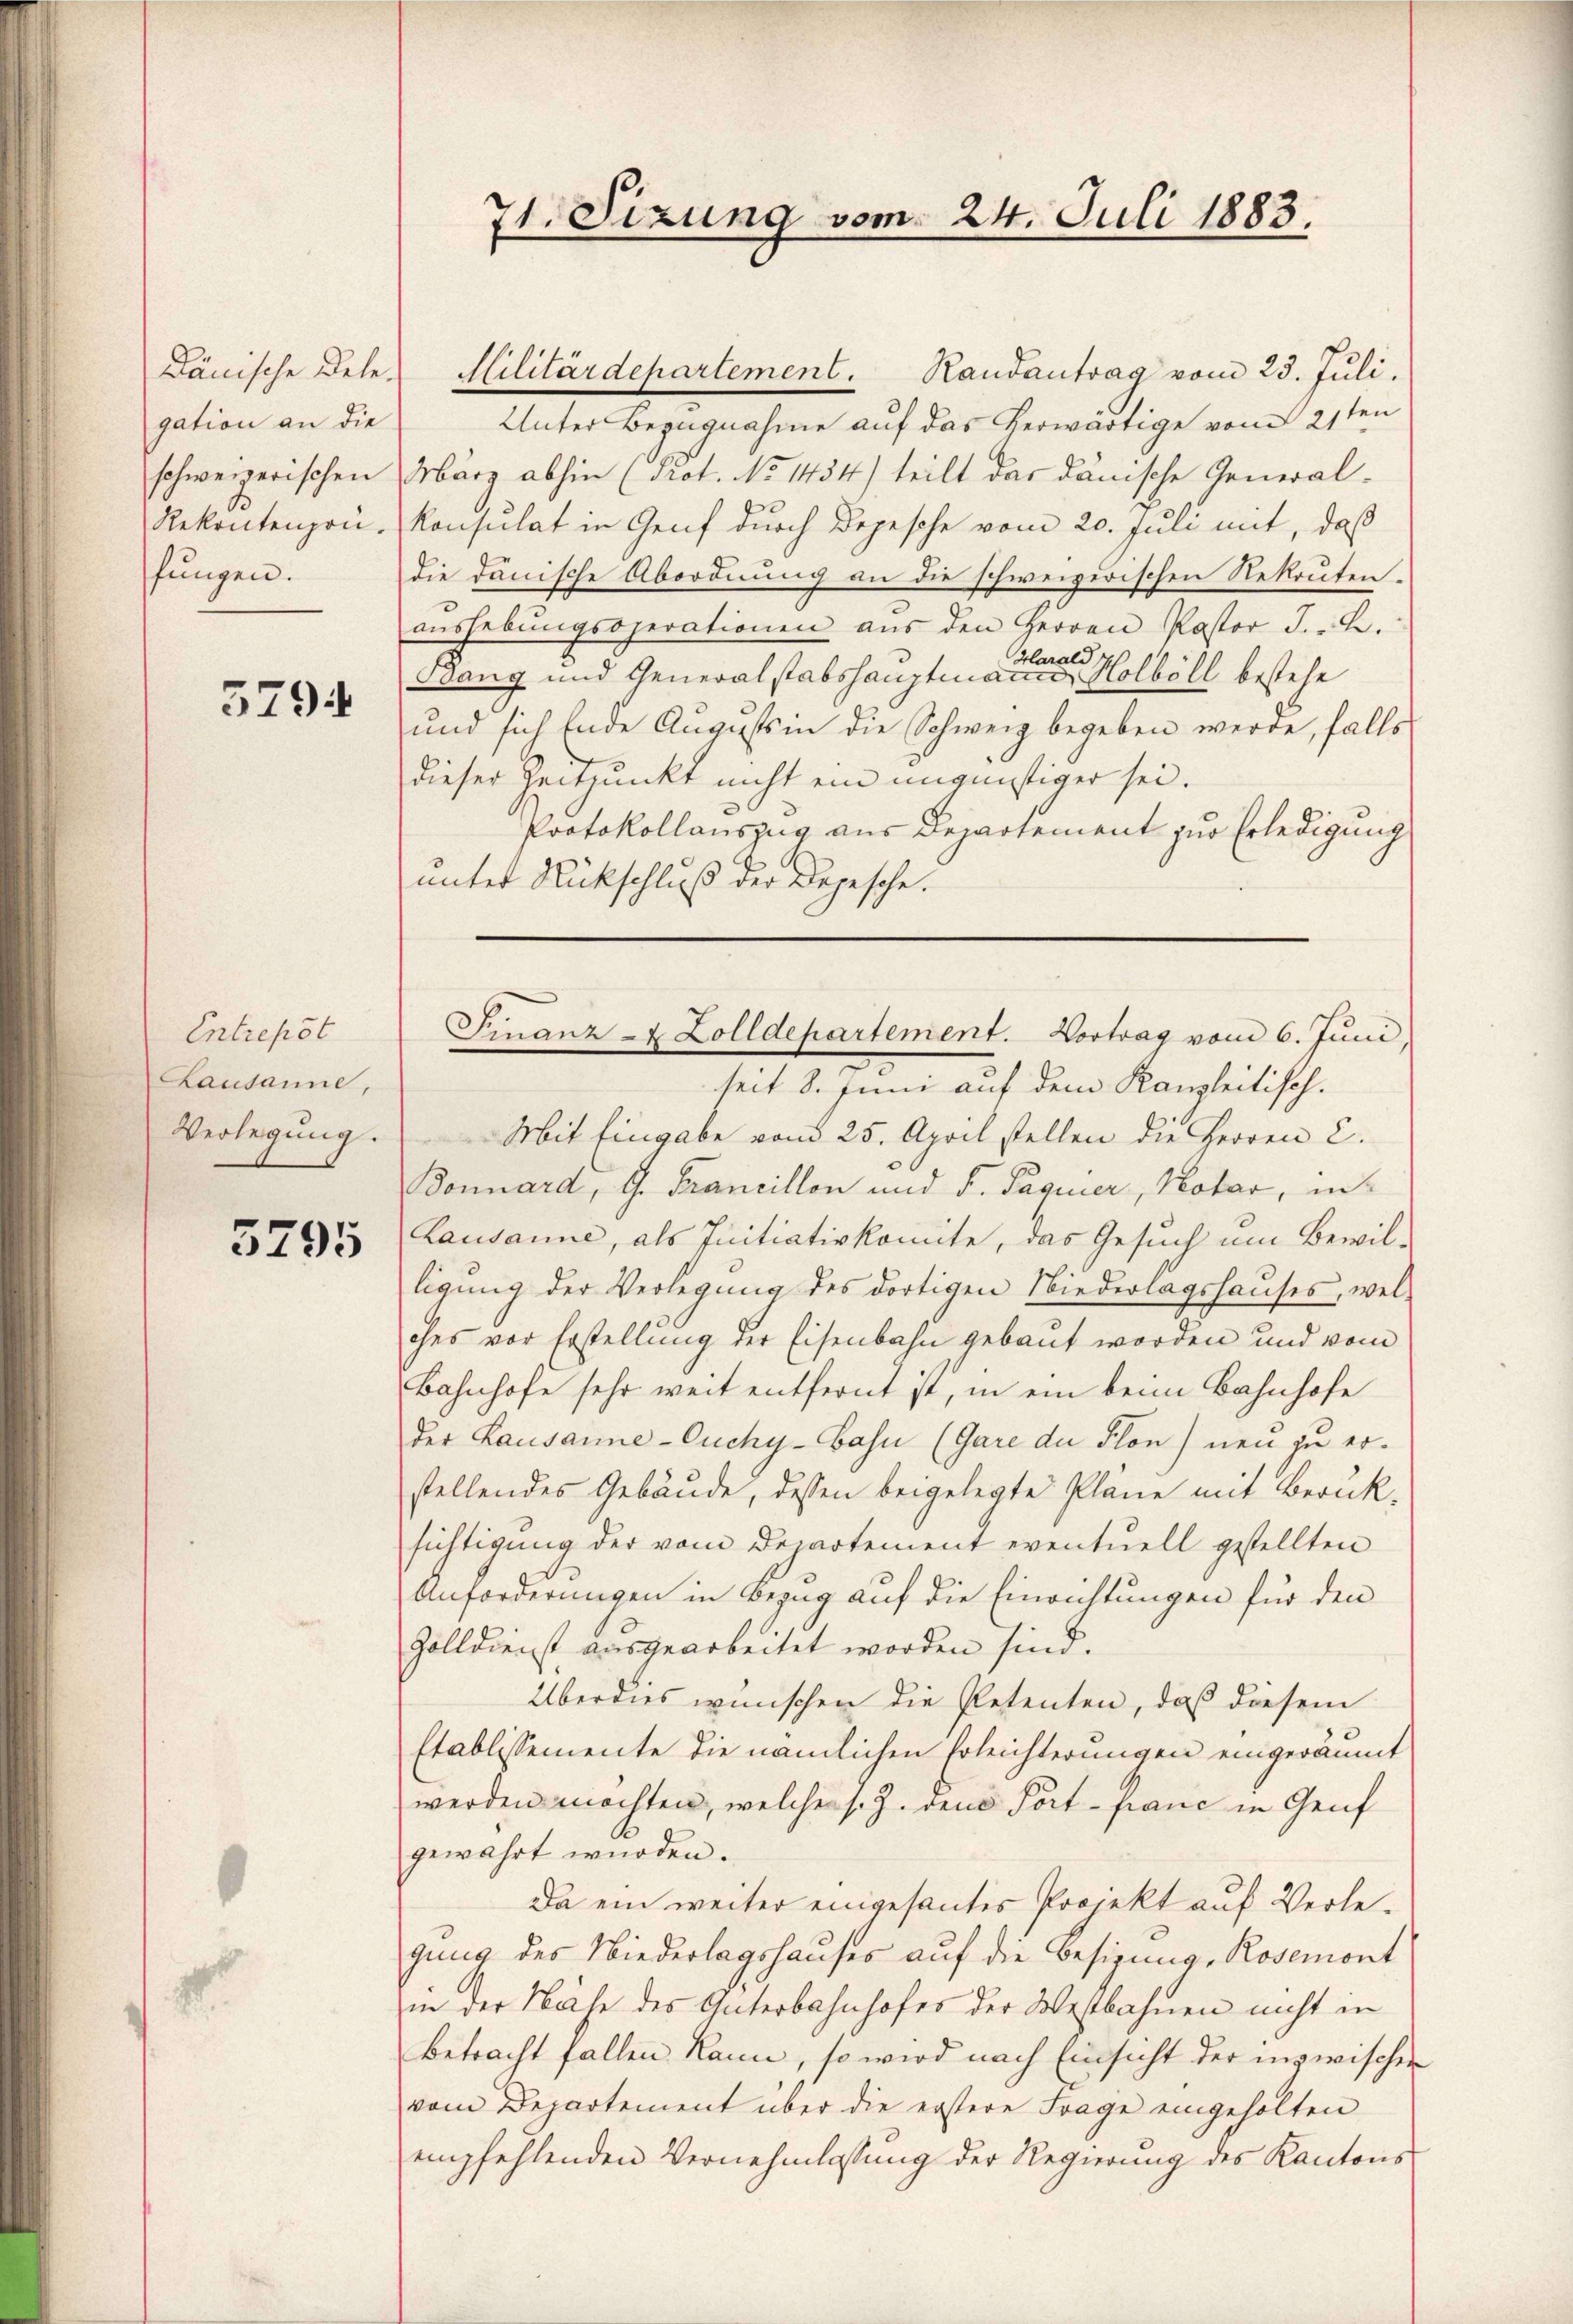
gation an die
schweizerischen
Rekrutenpau.
fungen.

3794

Entrepot
Lausanne,
Verlegung.

3795

71. Sizung vom 24. Juli 1883.

Dänische Dele Militärdepartement. Randantrag vom 23. Juli.
Unter Bezugnahme auf das herwärtige vom 21ten
März abhin (Prot. No 1434) teilt das dänische General-
Konsulat in Genf durch Depesche vom 20. Juli mit, daß
die danische Abordnung an die schweizerischen Rekrutenaushebungsoperationen aus den Herren Pastor J. B.
Harald
Soang und Generalstabshauptmann Holböll bestehe
und sich Ende Augusts in die Schweiz begeben werde, falls
dieser Zeitpunkt nicht ein ungünstiger sei.
Protokollauszug aus Departement zur Erledigung
unter Rückschluß der Depesche!

Finanz- u. Zolldepartement. Vortrag vom 6. Juni

seit 8. Juni auf dem Kanzleitisch.
Mit Eingabe von 25. April stellen die Herren C.
Bonnard, G. Francillon und S. Paquier, Notar, in¬
Lausanne, als Initiativkomite, das Gesuch um Bewil-
ligŭng der Verlegŭng des dortigen Niederlagshauses, wel-
ches vor Erstellung der Eisenbahn gebaut worden und vom
Bahnhofe sehr weit entfernt ist, in ein beim Bahnhofe
der Kausanne-Ouchy-Bahn (Gare der Plon) neu zu erstellendes Gebäude, dessen beigelegte Pläne mit Berük-
sichtigung der vom Departement eventuell gestellten
Anforderungen in Bezug auf die Einrichtungen für den
Golldienst ausgearbeitet worden sind.
Überdies wünschen die Petenten, daß diesem
Etablissemente die nämlichen Erleichterungen eingeräumt
werden möchten, welche s. Z. den Port- pane in Genf
gewährt wurden.
Da ein weiter eingesantes Projekt auf Verlegung des Niederlagshauses auf die Besizung, Rosemont
in der Nähe des Güterbahnhofes der Westbahnen nicht in
betracht fallen kann, so wird nach Einsicht der inzwischen
vom Departement über die erstere Frage eingeholten
empfehlenden Vernehmlassung der Regierung des Kantons